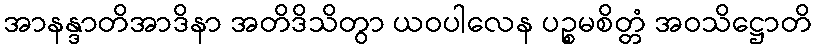
အာနန္ဒာတိအာဒိနာ အတိဒိသိတွာ ယဝပါလေန ပဉ္စမစိတ္တံ အဝသိဋ္ဌောတိ